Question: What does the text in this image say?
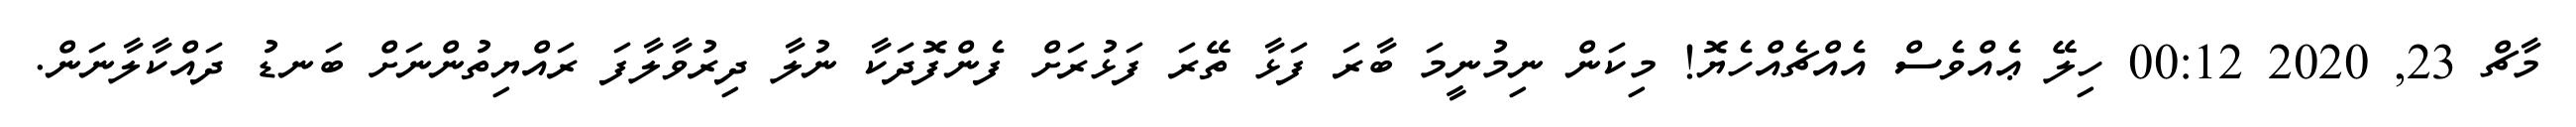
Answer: މާޗް 23, 2020 00:12 ހިލޭ ޢެއްވެސް އެއްޗެއްހެޔޮ! މިކަން ނިމުނީމަ ބާރަ ފަޅާ ތޭރަ ފަޅުރަށް ފެންފޮދަކާ ނުލާ ދިރުވާލާފަ ރައްޔިތުންނަށް ބަނޑު ދައްކާލާނަން.